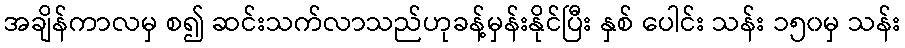
အချိန်ကာလမှ စ၍ ဆင်းသက်လာသည်ဟုခန့်မှန်းနိုင်ပြီး နှစ် ပေါင်း သန်း ၁၅၀မှ သန်း